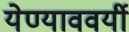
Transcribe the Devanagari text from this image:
येण्याववर्यी